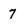
Character: 7